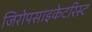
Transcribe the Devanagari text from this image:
जिरोपसाइकेटरिस्ट